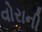
વોરાની